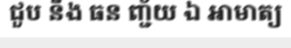
ជួប នឹង ធន ញ្ជ័យ ឯ អាមាត្យ